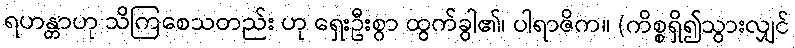
ရဟန္တာဟု သိကြစေသတည်း ဟု ရှေးဦးစွာ ထွက်ခွါ၏၊ ပါရာဇိက။ (ကိစ္စရှိ၍သွားလျှင်